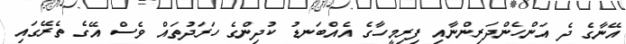
އޭނާގެ ދެ އަންހެންދަރިންނާއި ފިރިމީހާގެ އެއްބަނޑު ކުދިންގެ ހަރަދުތައް ވެސް އޭގެ ތެރޭގައި